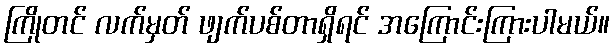
ကြိုတင် လက်မှတ် ဖျက်ပစ်တာရှိရင် အကြောင်းကြားပါမယ်။